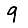
Digit: 9